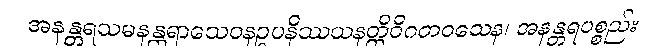
အနန္တရသမနန္တရာသေဝနဥပနိဿယနတ္ထိဝိဂတဝသေန၊ အနန္တရပစ္စည်း